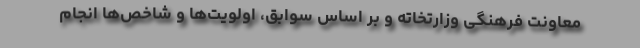
معاونت فرهنگی وزارتخاته و بر اساس سوابق، اولویت‌ها و شاخص‌ها انجام